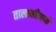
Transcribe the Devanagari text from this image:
तालामीमध्ये